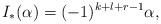
LaTeX: \begin{align*}I_*(\alpha) = (-1)^{k+l+r-1}\alpha,\end{align*}